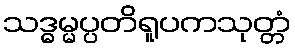
သဒ္ဓမ္မပ္ပတိရူပကသုတ္တံ